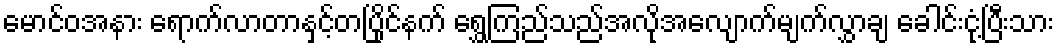
မောင်ဝအနား ရောက်လာတာနှင့်တပြိုင်နက် ရွှေကြည်သည်အလိုအလျောက်မျက်လွှာချ ခေါင်းငုံ့ပြီးသား